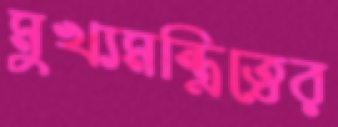
মুখ্যমন্ত্রিত্বের